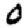
Digit: 0